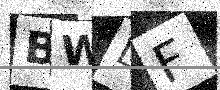
Text: BWLF